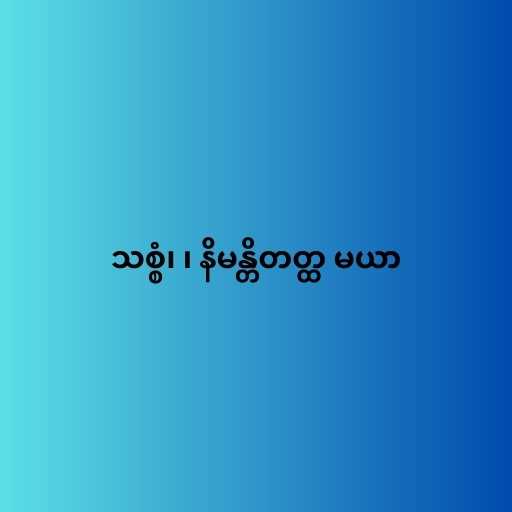
သစ္စံ၊ ၊ နိမန္တိတတ္ထ မယာ